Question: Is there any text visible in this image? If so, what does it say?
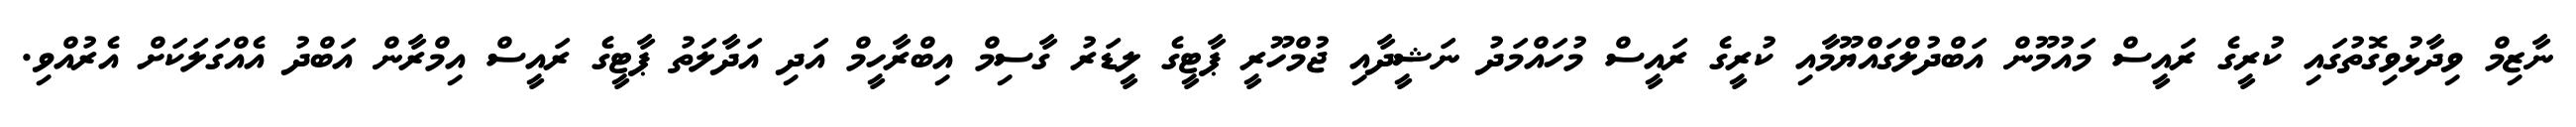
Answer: ނާޒިމް ވިދާޅުވިގޮތުގައި ކުރީގެ ރައީސް މައުމޫން އަބްދުލްގައްޔޫމާއި ކުރީގެ ރައީސް މުހައްމަދު ނަޝީދާއި ޖުމްހޫރީ ޕާޓީގެ ލީޑަރު ގާސިމް އިބްރާހީމް އަދި އަދާލަތު ޕާޓީގެ ރައީސް އިމްރާން އަބްދު އެއްގަލަކަށް އެރުއްވި.